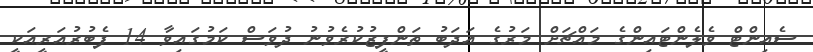
ސެއިންޓް ވެލެންޓައިންގެ މައްޗަށް މަރުގެ އަދަބު ތަންފީޒުކުރެވުނު ދުވަސް ކަމުގައިވާ 14 ފެބުރުއަރީއަކީ